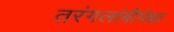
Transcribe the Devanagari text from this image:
तरंगलांबीपेक्षा